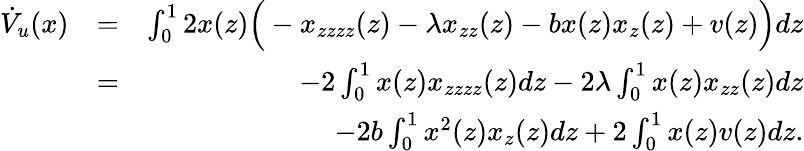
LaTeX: \begin{array}{rlr}{\dot{V}_{u}(x)}&{=}&{\int_{0}^{1}2x(z)\Big(-x_{zzzz}(z)-\lambda x_{zz}(z)-bx(z)x_{z}(z)+v(z)\Big)dz}\\ &{=}&{-2\int_{0}^{1}x(z)x_{zzzz}(z)dz-2\lambda\int_{0}^{1}x(z)x_{zz}(z)dz}\\ &{}&{\qquad\qquad-2b\int_{0}^{1}x^{2}(z)x_{z}(z)dz+2\int_{0}^{1}x(z)v(z)dz.}\end{array}